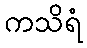
ကသိရံ